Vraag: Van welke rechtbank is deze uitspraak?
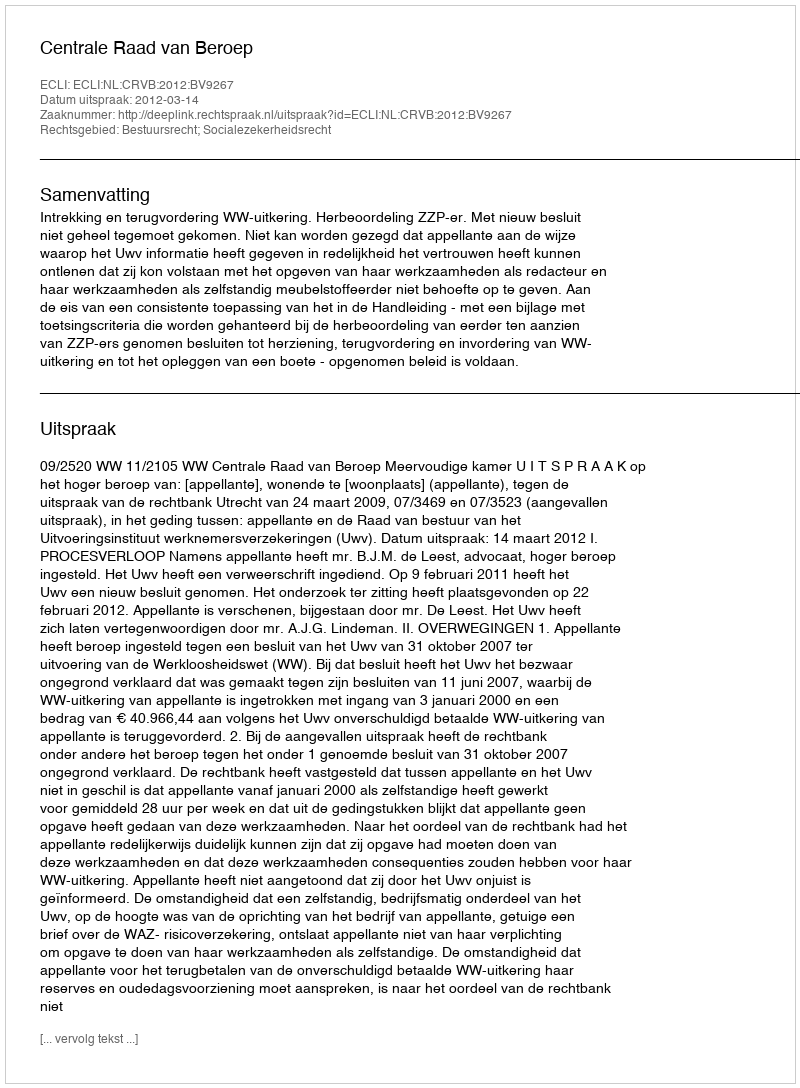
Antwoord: Centrale Raad van Beroep